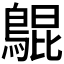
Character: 𪂳